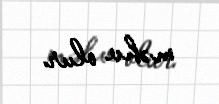
məhv olur.